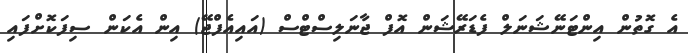
އެ ގޮތުން އިންޓަނޭޝަނަލް ފެޑަރޭޝަން އޮފް ޖާނަލިސްޓްސް (އައިއެފްޖޭ) އިން އެކަން ސިފަކޮށްފައި